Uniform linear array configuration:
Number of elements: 32
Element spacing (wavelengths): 0.75
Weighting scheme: hamming
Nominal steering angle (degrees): -15
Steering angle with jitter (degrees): -16.207
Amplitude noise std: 0.05
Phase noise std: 0.05

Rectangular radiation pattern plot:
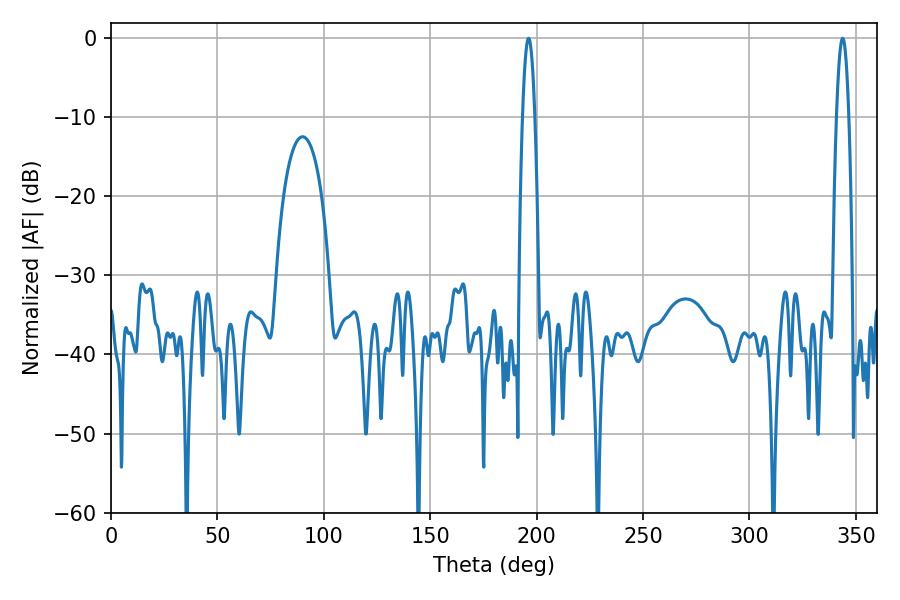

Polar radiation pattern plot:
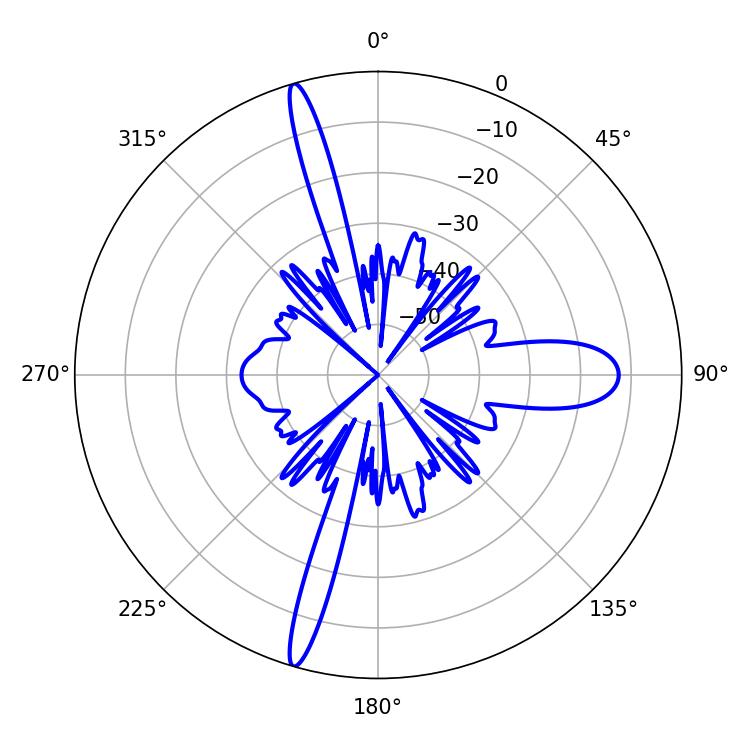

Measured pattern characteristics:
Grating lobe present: TRUE
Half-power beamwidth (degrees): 3.24
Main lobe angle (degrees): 196.2